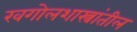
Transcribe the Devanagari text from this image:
खगोलशास्त्रांतील